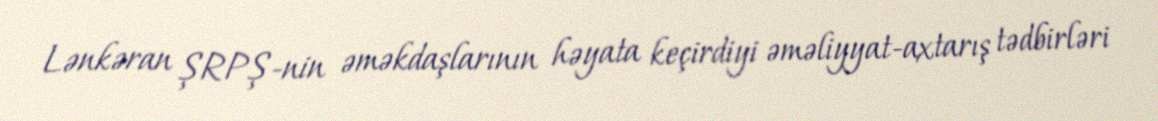
Lənkəran ŞRPŞ-nin əməkdaşlarının həyata keçirdiyi əməliyyat-axtarış tədbirləri